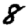
Digit: 8